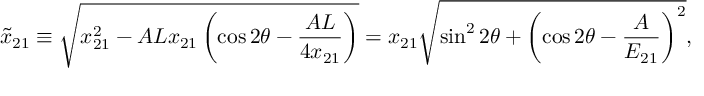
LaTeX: \tilde { x } _ { 2 1 } \equiv \sqrt { x _ { 2 1 } ^ { 2 } - A L x _ { 2 1 } \left( \cos 2 \theta - \frac { A L } { 4 x _ { 2 1 } } \right) } = x _ { 2 1 } \sqrt { \sin ^ { 2 } 2 \theta + \left( \cos 2 \theta - \frac { A } { E _ { 2 1 } } \right) ^ { 2 } } ,